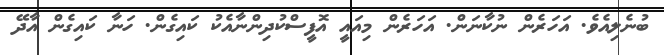
ބުނެލިއެވެ. އަހަރެން ނުކާނަން. އަހަރެން މިއައީ އޮފީސްކުދިންނާއެކު ކައިގެން. ހަނާ ކައިގެން އާދޭ